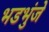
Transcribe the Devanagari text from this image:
भडभुंजे